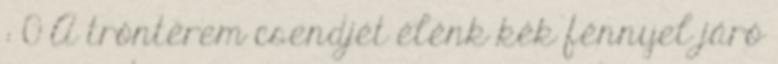
: 0 A trónterem csendjét élénk kék fénnyel járó